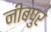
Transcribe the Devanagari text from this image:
नीबपुर